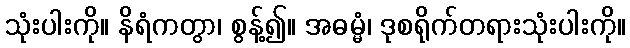
သုံးပါးကို။ နိရံကတွာ၊ စွန့်၍။ အဓမ္မံ၊ ဒုစရိုက်တရားသုံးပါးကို။